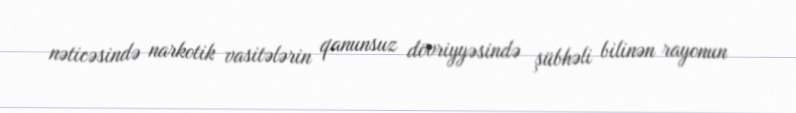
nəticəsində narkotik vasitələrin qanunsuz dövriyyəsində şübhəli bilinən rayonun